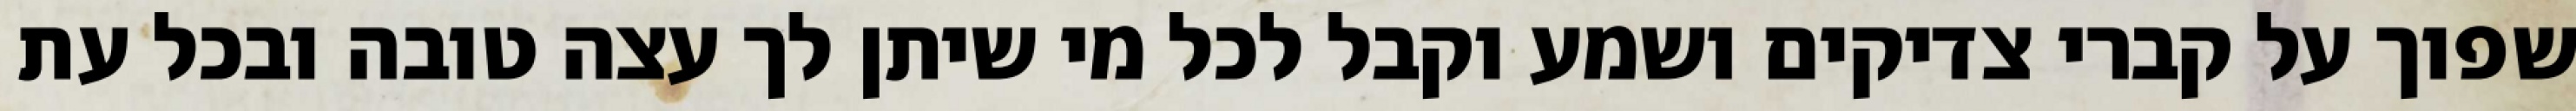
שפוך על קברי צדיקים ושמע וקבל לכל מי שיתן לך עצה טובה ובכל עת